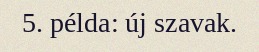
5. példa: új szavak.